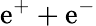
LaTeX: \mathrm{e^{+}+e^{-}}